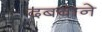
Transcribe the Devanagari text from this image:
दबवाने